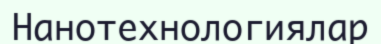
Нанотехнологиялар